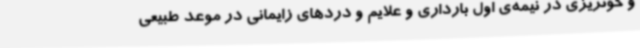
و خونریزی در نیمه‌ی اول بارداری و علایم و دردهای زایمانی در موعد طبیعی